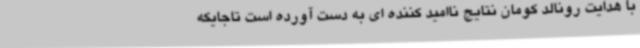
با هدایت رونالد کومان نتایج ناامید کننده ای به دست آورده است تاجایکه